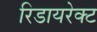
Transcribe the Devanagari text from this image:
रिडायरेक्ट